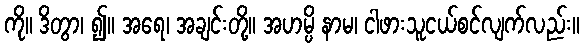
ကို။ ဒိတွာ၊ ၍။ အရေ၊ အချင်းတို့။ အဟမ္ပိ နာမ၊ ငါဖားသူငယ်စင်လျက်လည်း။